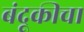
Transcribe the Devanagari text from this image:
बंदूकीचा